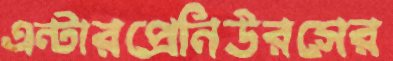
এন্টারপ্রেনিউরসের